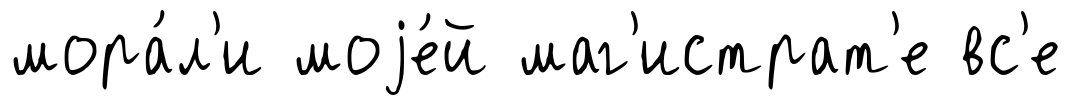
мора́л'и моjе́й маг'истрат'е вс'е